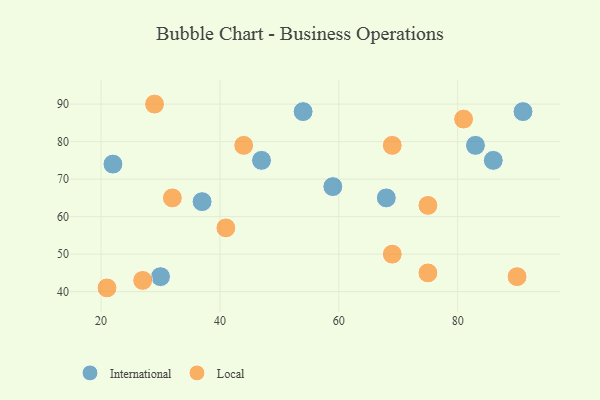
{"axis": {"x": "GDP", "y": "Life Expectancy"}, "legend": ["International", "Local"], "data": [{"x": "22", "y": 74, "type": "International"}, {"x": "91", "y": 88, "type": "International"}, {"x": "30", "y": 44, "type": "International"}, {"x": "59", "y": 68, "type": "International"}, {"x": "47", "y": 75, "type": "International"}, {"x": "54", "y": 88, "type": "International"}, {"x": "37", "y": 64, "type": "International"}, {"x": "86", "y": 75, "type": "International"}, {"x": "68", "y": 65, "type": "International"}, {"x": "83", "y": 79, "type": "International"}, {"x": "21", "y": 41, "type": "Local"}, {"x": "29", "y": 90, "type": "Local"}, {"x": "69", "y": 50, "type": "Local"}, {"x": "44", "y": 79, "type": "Local"}, {"x": "32", "y": 65, "type": "Local"}, {"x": "41", "y": 57, "type": "Local"}, {"x": "75", "y": 45, "type": "Local"}, {"x": "69", "y": 79, "type": "Local"}, {"x": "27", "y": 43, "type": "Local"}, {"x": "75", "y": 63, "type": "Local"}, {"x": "81", "y": 86, "type": "Local"}, {"x": "90", "y": 44, "type": "Local"}]}